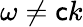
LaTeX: \omega\neq\mathsf{c}k